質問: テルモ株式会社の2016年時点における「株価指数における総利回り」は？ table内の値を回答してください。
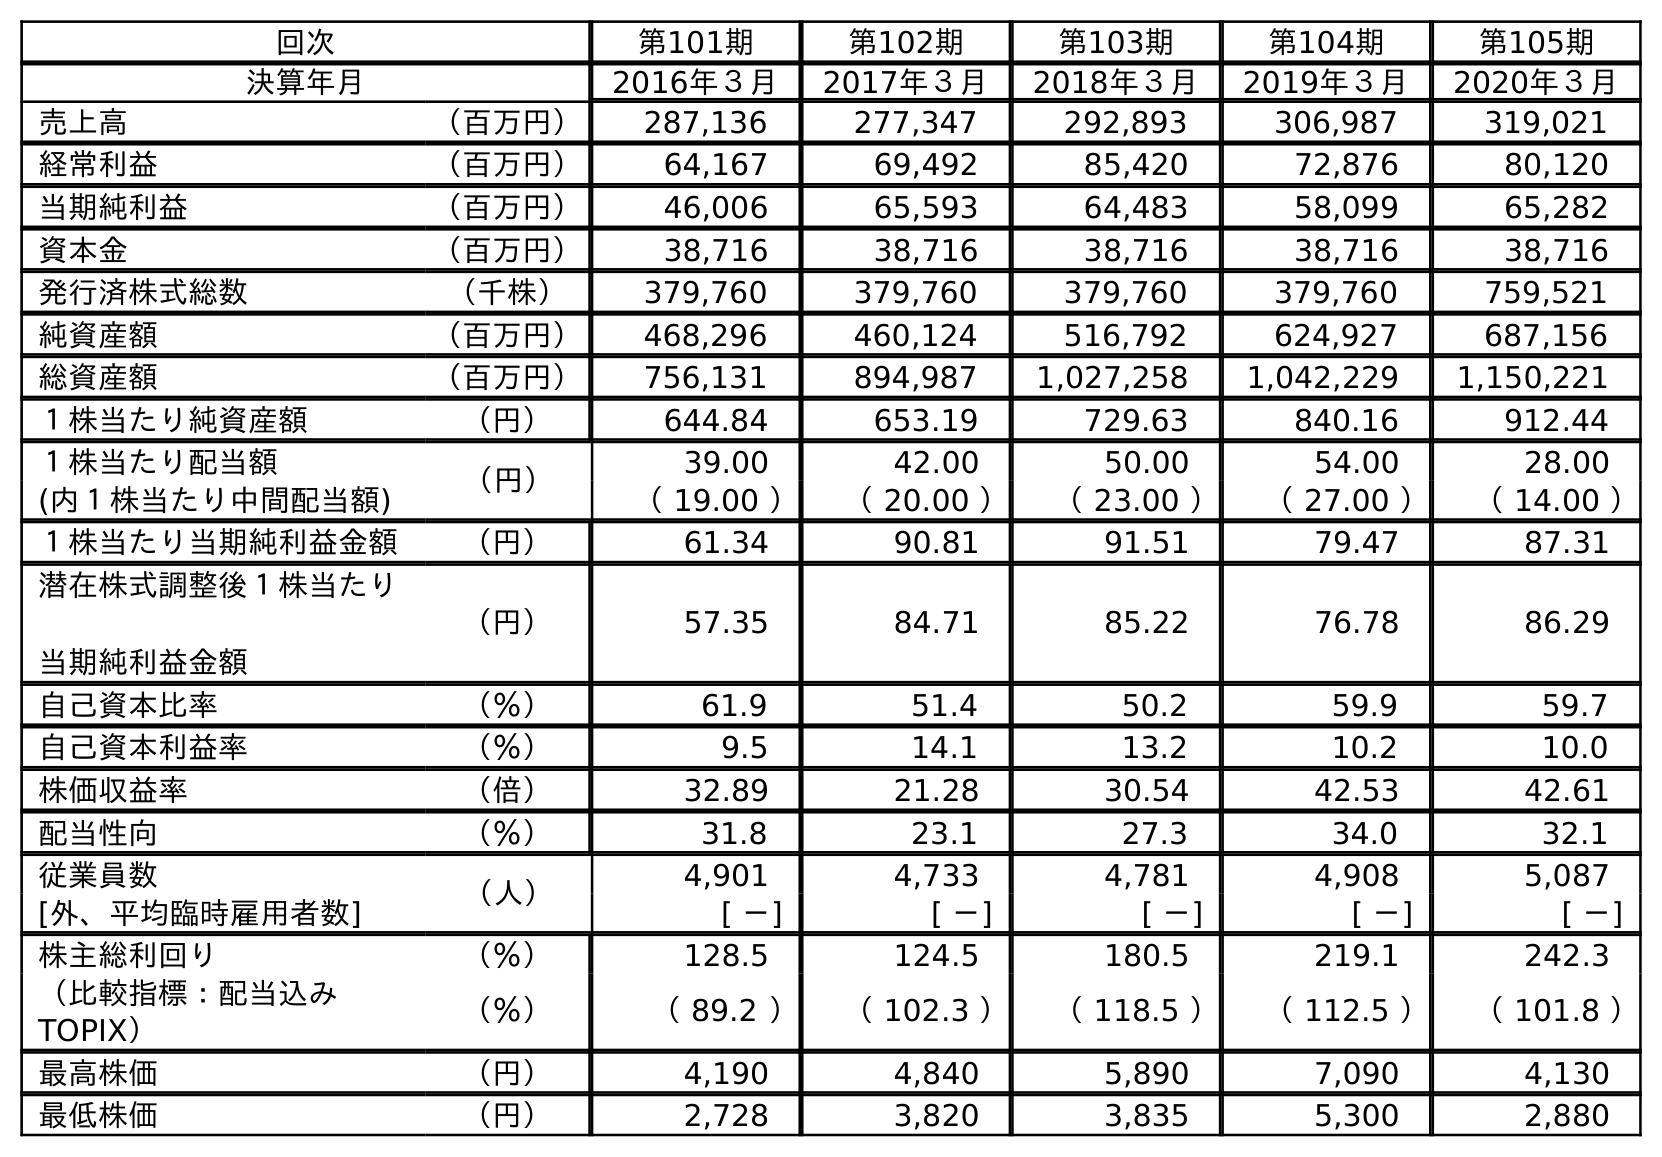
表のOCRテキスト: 回次 第101期 第102期 第103期 第104期 第105期 決算年月 2016年３月 2017年３月 2018年３月 2019年３月 2020年３月 売上高 （百万円） 287,136 277,347 292,893 306,987 319,021 経常利益 （百万円） 64,167 69,492 85,420 72,876 80,120 当期純利益 （百万円） 46,006 65,593 64,483 58,099 65,282 資本金 （百万円） 38,716 38,716 38,716 38,716 38,716 発行済株式総数 （千株） 379,760 379,760 379,760 379,760 759,521 純資産額 （百万円） 468,296 460,124 516,792 624,927 687,156 総資産額 （百万円） 756,131 894,987 1,027,258 1,042,229 1,150,221 １株当たり純資産額 （円） 644.84 653.19 729.63 840.16 912.44 １株当たり配当額 （円） 39.00 42.00 50.00 54.00 28.00 (内１株当たり中間配当額) （ 19.00 ） （ 20.00 ） （ 23.00 ） （ 27.00 ） （ 14.00 ） １株当たり当期純利益金額 （円） 61.34 90.81 91.51 79.47 87.31 潜在株式調整後１株当たり 当期純利益金額 （円） 57.35 84.71 85.22 76.78 86.29 自己資本比率 （％） 61.9 51.4 50.2 59.9 59.7 自己資本利益率 （％） 9.5 14.1 13.2 10.2 10.0 株価収益率 （倍） 32.89 21.28 30.54 42.53 42.61 配当性向 （％） 31.8 23.1 27.3 34.0 32.1 従業員数 （人） 4,901 4,733 4,781 4,908 5,087 [外、平均臨時雇用者数] [ －] [ －] [ －] [ －] [ －] 株主総利回り （％） 128.5 124.5 180.5 219.1 242.3 （比較指標：配当込み TOPIX） （％） （ 89.2 ） （ 102.3 ） （ 118.5 ） （ 112.5 ） （ 101.8 ） 最高株価 （円） 4,190 4,840 5,890 7,090 4,130 最低株価 （円） 2,728 3,820 3,835 5,300 2,880
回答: （89.2）